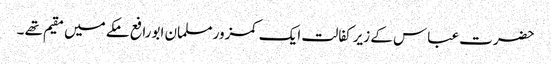
حضرت عباس کے زیر کفالت ایک کمزور مسلمان ابورافع مکے میں مقیم تھے ۔